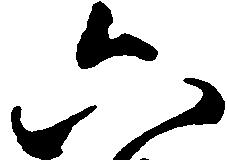
六